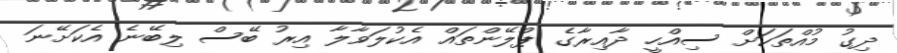
ދިގު މުއްތަކަށް ސިއްހީ ދާއިރާގެ ޕްލޭންތައް އެކުލަވާލާ އިރު ބޭސް ލިބޭނެ އެކަށޭނަ